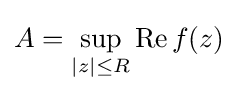
A=\sup _{|z|\leq R}\operatorname {Re} f(z)